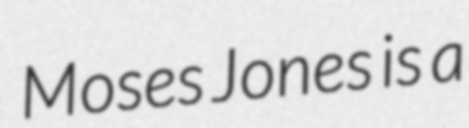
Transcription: Moses Jones is a